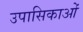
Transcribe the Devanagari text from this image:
उपासिकाओं